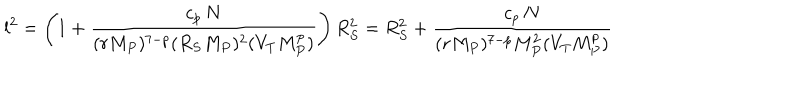
l ^ { 2 } = \left( 1 + { \frac { c _ { p } \, N } { ( r M _ { P } ) ^ { 7 - p } ( R _ { S } M _ { P } ) ^ { 2 } ( V _ { T } M _ { P } ^ { p } ) } } \right) R _ { S } ^ { 2 } = R _ { S } ^ { 2 } + { \frac { c _ { p } \, N } { ( r M _ { P } ) ^ { 7 - p } M _ { P } ^ { 2 } ( V _ { T } M _ { P } ^ { p } ) } }